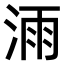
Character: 𣷌